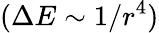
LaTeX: (\Delta E\sim 1/r^{4})